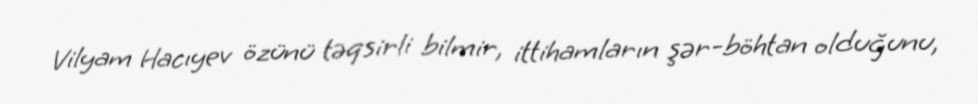
Vilyam Hacıyev özünü təqsirli bilmir, ittihamların şər-böhtan olduğunu,